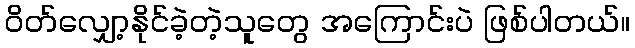
ဝိတ်လျှော့နိုင်ခဲ့တဲ့သူတွေ အကြောင်းပဲ ဖြစ်ပါတယ်။